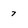
Character: 7